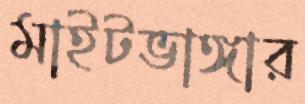
মাইটভাঙ্গার